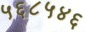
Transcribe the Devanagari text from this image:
५६८५४६